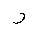
Letter: _ra